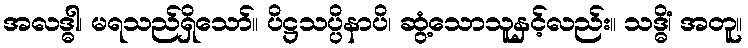
အလဒ္ဓါ၊ မရသည်ရှိသော်။ ပိဋ္ဌသပ္ပိနာပိ၊ ဆွံ့သောသူနှင့်လည်း။ သဒ္ဓိံ၊ အတူ။